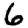
Digit: 6